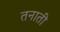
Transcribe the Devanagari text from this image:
तनाती